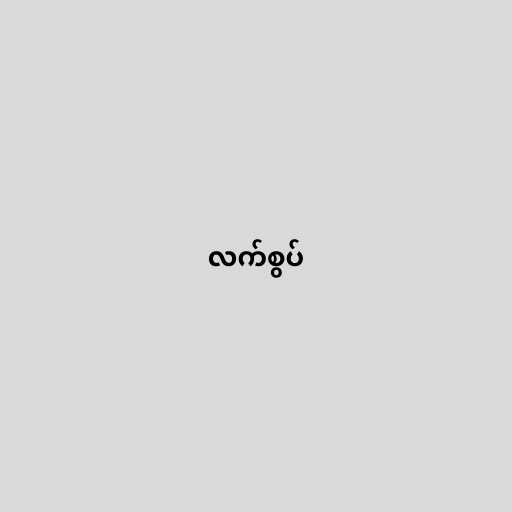
လက်စွပ်